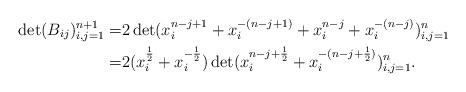
LaTeX: \begin{align*}\det(B_{ij})^{n+1}_{i,j=1}=&2\det(x^{n-j+1}_i+x^{-(n-j+1)}_i+x^{n-j}_i+x^{-(n-j)}_i)^{n}_{i,j=1}\\=&2(x^{\frac{1}{2}}_i+x^{-\frac{1}{2}}_i)\det(x^{n-j+\frac{1}{2}}_i+x^{-(n-j+\frac{1}{2})}_i)^{n}_{i,j=1}.\end{align*}